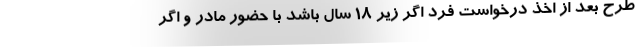
طرح بعد از اخذ درخواست فرد اگر زیر ۱۸ سال باشد با حضور مادر و اگر